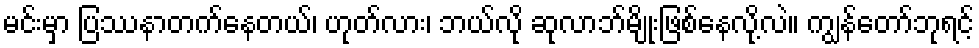
မင်းမှာ ပြဿနာတက်နေတယ်၊ ဟုတ်လား၊ ဘယ်လို ဆုလာဘ်မျိုးဖြစ်နေလို့လဲ။ ကျွန်တော်ဘုရင့်